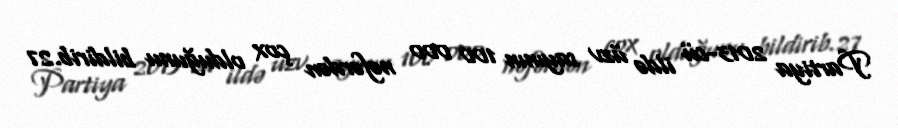
Partiya 2013-cü ildə üzv sayının 100 000 nəfərdən çox olduğunu bildirib.27